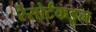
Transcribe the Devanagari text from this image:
रेसोर्टकडून